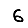
Digit: 6